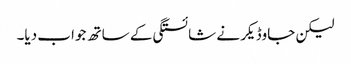
لیکن جاوڈیکر نے شائستگی کے ساتھ جواب دیا۔